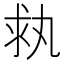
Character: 𠂃